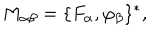
LaTeX: M _ { \alpha \beta } = \{ F _ { \alpha } , \varphi _ { \beta } \} ^ { * } ,